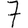
Digit: 7